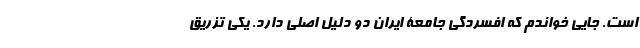
است. جایی خواندم که افسردگی جامعۀ ایران دو دلیل اصلی دارد. یکی تزریق